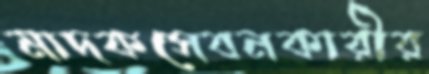
মাদকসেবনকারীর